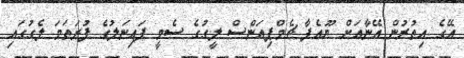
އޭގެ އިތުރުން އޭނާއަށް ޔޫއެފާ ޗެމްޕިއަންސް ލީގުގެ ސެމީ ފައިނަލުގެ ފުރަތަމަ ލެގުގައި